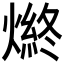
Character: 𤍑